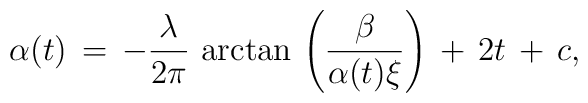
\alpha(t)\,=\,-{\lambda\over 2\pi}\,\arctan\,\left({\beta\over \alpha(t)\xi}\right)\,+\, 2 t\,+\,c,